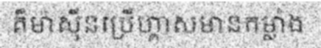
គឺម៉ាស៊ីនប្រើហ្គាសមានកម្លាំង